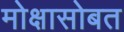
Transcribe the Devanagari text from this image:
मोक्षासोबत